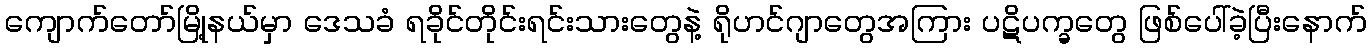
ကျောက်တော်မြို့နယ်မှာ ဒေသခံ ရခိုင်တိုင်းရင်းသားတွေနဲ့ ရိုဟင်ဂျာတွေအကြား ပဋိပက္ခတွေ ဖြစ်ပေါ်ခဲ့ပြီးနောက်